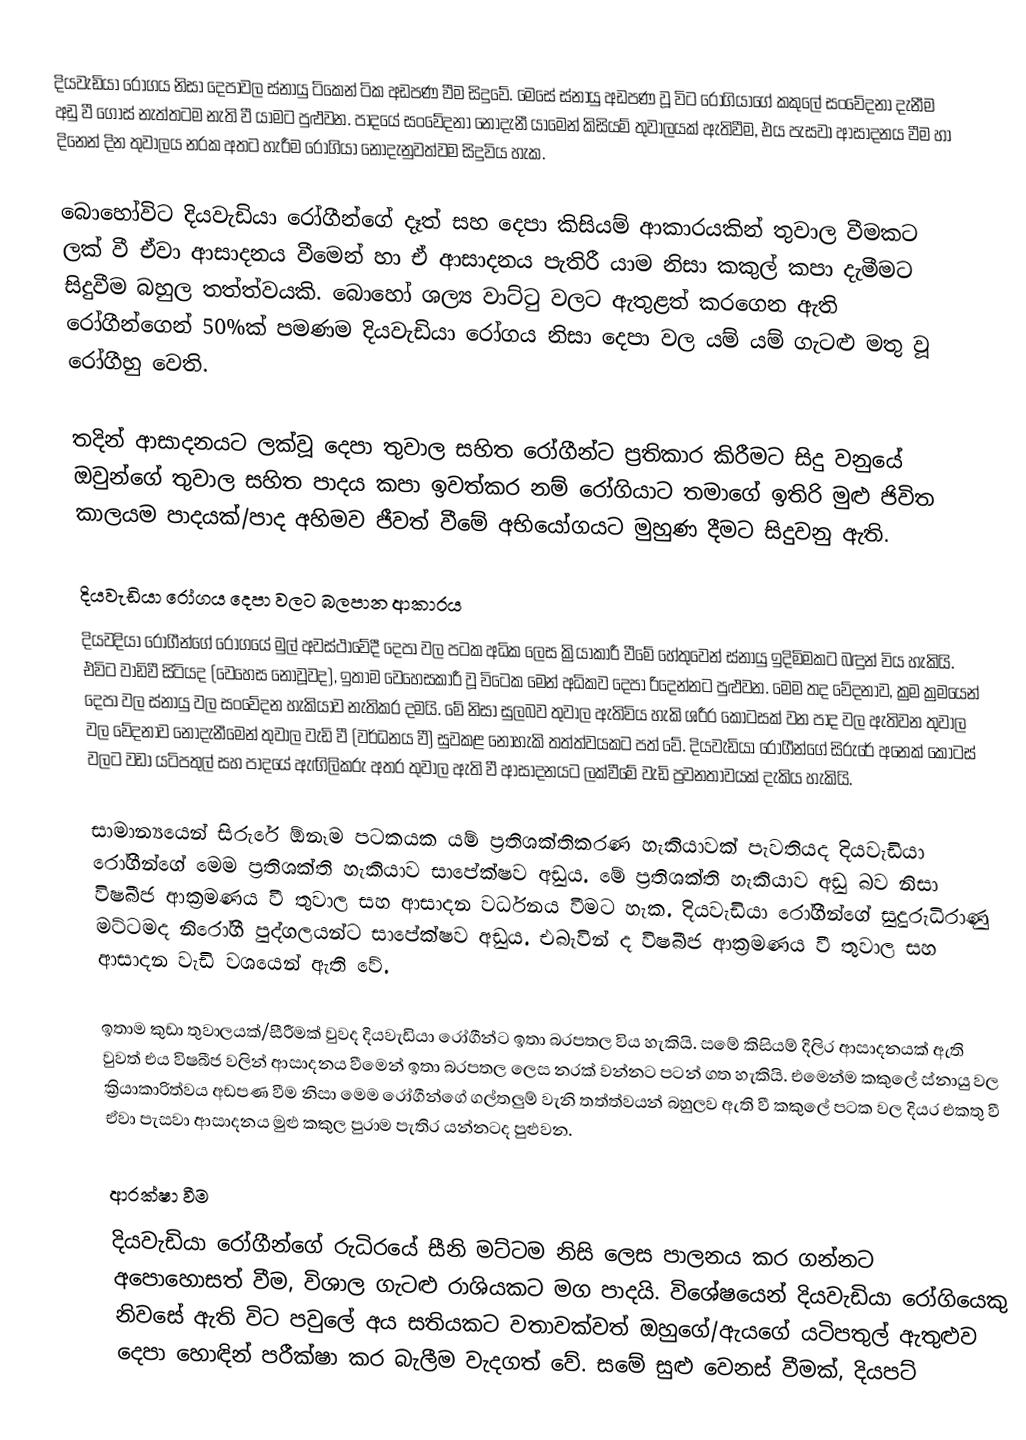
දියවැඩියා රෝගය නිසා දෙපාවල ස්නායු ටිකෙන් ටික අඩපණ වීම සිදුවේ. මෙසේ ස්නායු අඩපණ වූ විට රෝගියාගේ කකුලේ සංවේදනා දැනීම අඩු වී ගොස් නැත්තටම නැති වී යාමට පුළුවන. පාදයේ සංවේදනා නොදැනී යාමෙන් කිසියම් තුවාලයක් ඇතිවීම, එය පැසවා ආසාදනය වීම හා දිනෙන් දින තුවාලය නරක අතට හැරීම රෝගියා නොදැනුවත්වම සිදුවිය හැක.

බොහෝවිට දියවැඩියා රෝගීන්ගේ දෑත් සහ දෙපා කිසියම් ආකාරයකින් තුවාල වීමකට ලක් වී ඒවා ආසාදනය වීමෙන් හා ඒ ආසාදනය පැතිරී යාම නිසා කකුල් කපා දැමීමට සිදුවීම බහුල තත්ත්වයකි. බොහෝ ශල්‍ය වාට්ටු වලට ඇතුළත් කරගෙන ඇති රෝගීන්ගෙන් 50%ක් පමණම දියවැඩියා රෝගය නිසා දෙපා වල යම් යම් ගැටළු මතු වූ රෝගීහු වෙති.

තදින් ආසාදනයට ලක්වූ දෙපා තුවාල සහිත රෝගීන්ට ප්‍රතිකාර කිරීමට සිදු වනුයේ ඔවුන්ගේ තුවාල සහිත පාදය කපා ඉවත්කර නම් රෝගියාට තමාගේ ඉතිරි මුළු ජිවිත කාලයම පාදයක්/පාද අහිමව ජීවත් වීමේ අභියෝගයට මුහුණ දීමට සිදුවනු ඇති.

දියවැඩියා රෝගය දෙපා වලට බලපාන ආකාරය
දියවදියා රෝගීන්ගේ රෝගයේ මුල් අවස්ථාවේදී දෙපා වල පටක අධික ලෙස ක්‍රියාකාරී වීමේ හේතුවෙන් ස්නායු ඉදිමිමකට බඳුන් විය හැකියි. එවිට වාඩිවී සිටියද (වෙහෙස නොවූවද), ඉතාම වෙහෙසකාරී වූ විටෙක මෙන් අධිකව දෙපා රිදෙන්නට පුළුවන. මෙම තද වේදනාව, ක්‍රම ක්‍රමයෙන් දෙපා වල ස්නායු වල සංවේදන හැකියාව නැතිකර දමයි. මේ නිසා සුලබව තුවාල ඇතිවිය හැකි ශරීර කොටසක් වන පාද වල ඇතිවන තුවාල වල වේදනාව නොදැනීමෙන් තුවාල වැඩි වී (වර්ධනය වී) සුවකළ නොහැකි තත්ත්වයකට පත් වේ. දියවැඩියා රෝගීන්ගේ සිරුරේ අනෙක් කොටස් වලට වඩා යටිපතුල් සහ පාදයේ ඇඟිලිකරු අතර තුවාල ඇති වී ආසාදනයට ලක්වීමේ වැඩි ප්‍රවනතාවයක් දැකිය හැකියි.

සාමාන්‍යයෙන් සිරුරේ ඕනෑම පටකයක යම් ප්‍රතිශක්තිකරණ හැකියාවක් පැවතියද දියවැඩියා රෝගීන්ගේ මෙම ප්‍රතිශක්ති හැකියාව සාපේක්ෂව අඩුය. මේ ප්‍රතිශක්ති හැකියාව අඩු බව නිසා විෂබීජ ආක්‍රමණය වී තුවාල සහ ආසාදන වර්ධනය වීමට හැක. දියවැඩියා රෝගීන්ගේ සුදුරුධිරාණු මට්ටමද නිරෝගී පුද්ගලයන්ට සාපේක්ෂව අඩුය. එබැවින් ද විෂබීජ ආක්‍රමණය වී තුවාල සහ ආසාදන වැඩි වශයෙන් ඇති වේ.

ඉතාම කුඩා තුවාලයක්/සීරීමක් වුවද දියවැඩියා රෝගීන්ට ඉතා බරපතල විය හැකියි. සමේ කිසියම් දිලිර ආසාදනයක් ඇති වුවත් එය විෂබීජ වලින් ආසාදනය වීමෙන් ඉතා බරපතල ලෙස නරක් වන්නට පටන් ගත හැකියි. එමෙන්ම කකුලේ ස්නායු වල ක්‍රියාකාරිත්වය අඩපණ වීම නිසා මෙම රෝගීන්ගේ ගල්තලුම් වැනි තත්ත්වයන් බහුලව ඇති වී කකුලේ පටක වල දියර එකතු වී ඒවා පැසවා ආසාදනය මුළු කකුල පුරාම පැතිර යන්නටද පුළුවන.

ආරක්ෂා වීම
දියවැඩියා රෝගීන්ගේ රුධිරයේ සීනි මට්ටම නිසි ලෙස පාලනය කර ගන්නට අපොහොසත් වීම, විශාල ගැටළු රාශියකට මග පාදයි. විශේෂයෙන් දියවැඩියා රෝගියෙකු නිවසේ ඇති විට පවුලේ අය සතියකට වතාවක්වත් ඔහුගේ/ඇයගේ යටිපතුල් ඇතුළුව දෙපා හොඳින් පරීක්ෂා කර බැලීම වැදගත් වේ. සමේ සුළු වෙනස් වීමක්, දියපට්